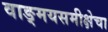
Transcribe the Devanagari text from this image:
वाङ्‌मयसमीक्षेचा